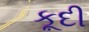
કૂદી